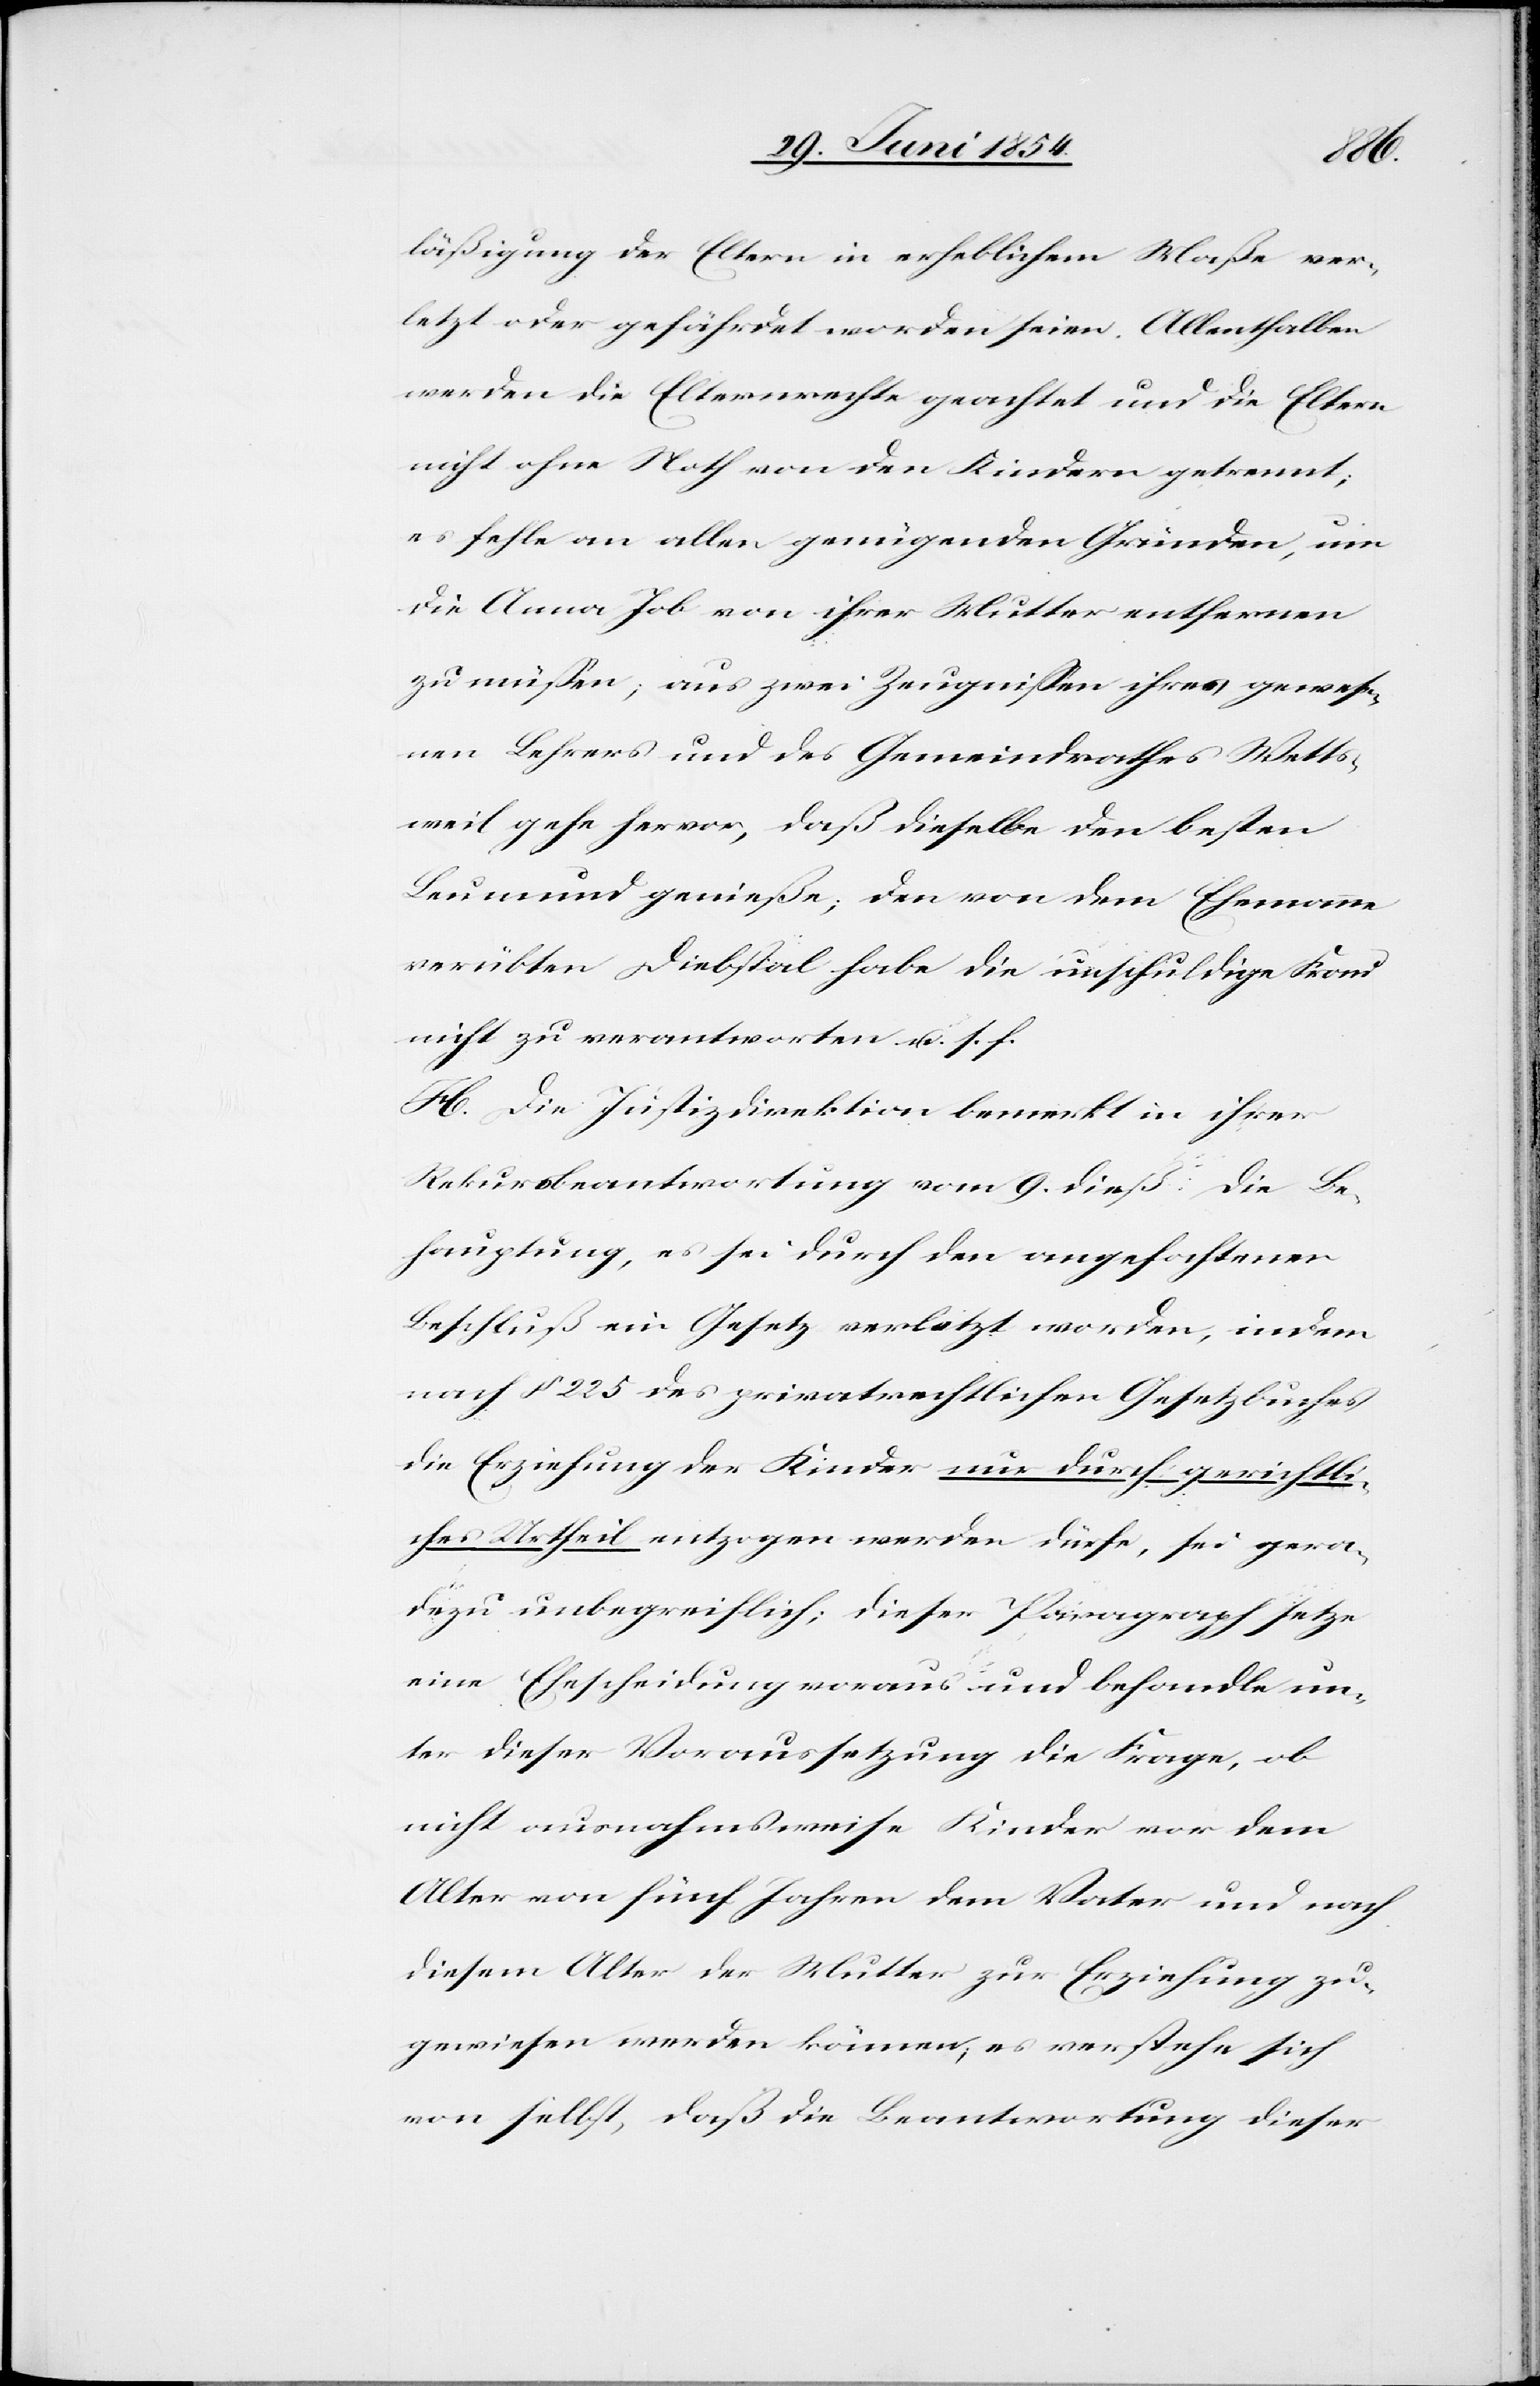
läßigung der Eltern in erheblichem Maße ver¬
letzt oder gefährdet worden seien. Allenthalben
werden die Elternrechte geachtet und die Eltern
nicht ohne Noth von den Kindern getrennt;
es fehle an allen genügenden Gründen, um
die Anna Job von ihrer Mutter entfernen
zu müßen; aus zwei Zeugnißen ihres gewese¬
nen Lehrers und des Gemeindrathes Wetts¬
weil gehe hervor, daß dieselbe den besten
Leumund genieße; den von dem Ehemanne
verübten Diebstahl habe die unschuldige Frau
nicht zu verantworten u. s. f.
H. Die Justizdirektion bemerkt in ihrer
Rekursbeantwortung vom 9. dieß die Be¬
hauptung, es sei durch den angefochtenen
Beschluß ein Gesetz verletzt worden, indem
nach § 225 des privatrechtlichen Gesetzbuches
die Erziehung der Kinder nur durch gerichtli¬
ches Urtheil entzogen werden dürfe, sei gera¬
dezu unbegreiflich; dieser Paragraph setze
eine Ehescheidung voraus und behandle un¬
ter dieser Voraussetzung die Frage, ob
nicht ausnahmsweise die Kinder vor dem
Alter von fünf Jahren dem Vater und nach
diesem Alter der Mutter zur Erziehung zu¬
gewiesen werden können; es verstehe sich
von selbst, daß die Beantwortung dieser